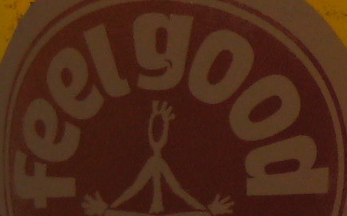
feelgood